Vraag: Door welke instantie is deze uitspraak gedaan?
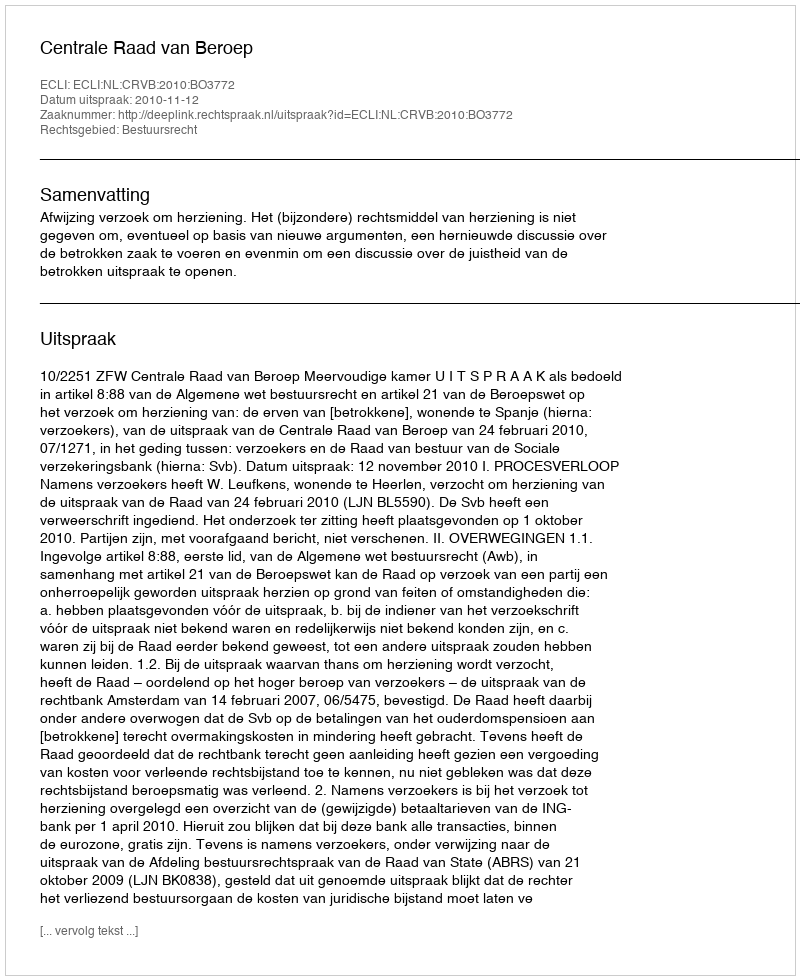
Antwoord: Centrale Raad van Beroep